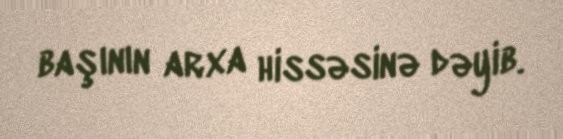
başının arxa hissəsinə dəyib.